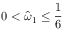
0 < \widehat { \omega } _ { 1 } \le \frac 1 6